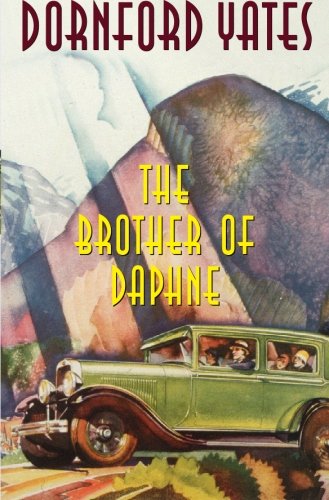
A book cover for The Brother of Daphne (B-Berry Pleydell); Dornford Yates; Literature & Fiction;